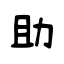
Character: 助